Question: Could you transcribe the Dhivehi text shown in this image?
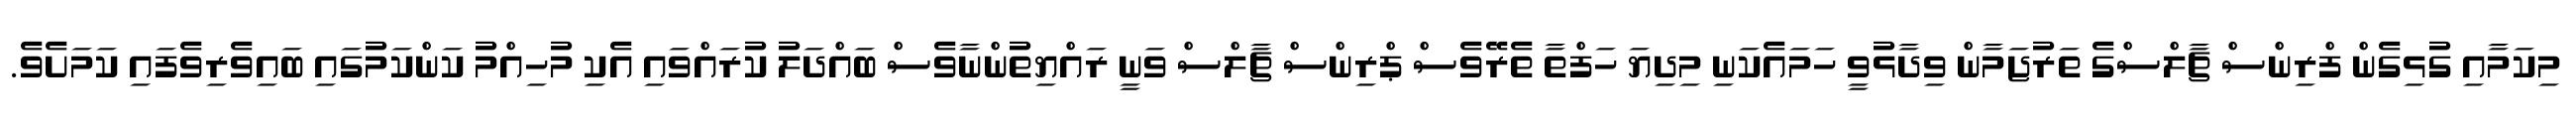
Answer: މިކަމާއި ގުޅިގެން ފްރިންސް ޗާލްސްގެ ތަރުޖަމާން ވިދާޅުވީ ހަމައެކަނި މިދިޔަ ހަފްތާ ތެރޭވެސް ޕްރިންސް ޗާލްސް ވަނީ ރައްޔިތުންނާވެސް ބައްދަލު ކުރައްވައި އެކި މުހިއްމު ކަންކަމުގައި ބައިވެރިވެފައި ކަމަށެވެ.